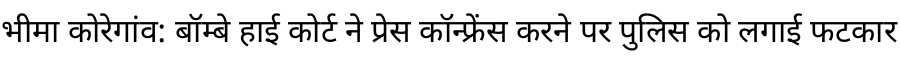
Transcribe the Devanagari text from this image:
भीमा कोरेगांव: बॉम्बे हाई कोर्ट ने प्रेस कॉन्फ्रेंस करने पर पुलिस को लगाई फटकार